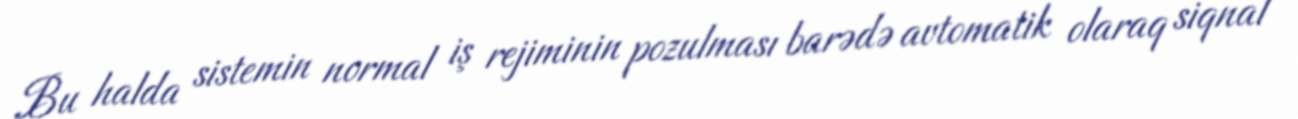
Bu halda sistemin normal iş rejiminin pozulması barədə avtomatik olaraq siqnal